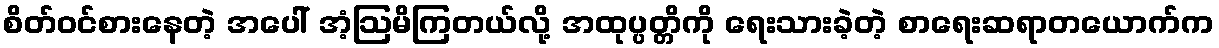
စိတ်ဝင်စားနေတဲ့ အပေါ် အံ့ဩမိကြတယ်လို့ အထုပ္ပတ္တိကို ရေးသားခဲ့တဲ့ စာရေးဆရာတယောက်က